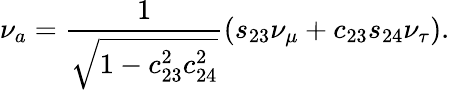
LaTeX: \nu_{a}={\frac{1}{\sqrt{1-c_{23}^{2}c_{24}^{2}}}}(s_{23}\nu_{\mu}+c_{23}s_{24}\nu_{\tau}).